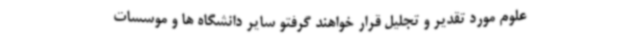
علوم مورد تقدیر و تجلیل قرار خواهند گرفتو سایر دانشگاه ها و موسسات